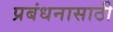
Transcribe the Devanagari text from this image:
प्रबंधनासाठी